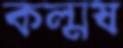
কল্মষ